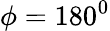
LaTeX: \phi=180^{0}